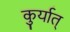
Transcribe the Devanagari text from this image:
कुर्यात्‌